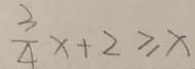
\frac { 3 } { 4 } x + 2 \geq x